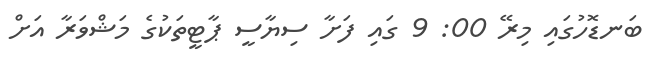
ބަނޑޮހުގައި މިރޭ 00: 9 ގައި ފަށާ ސިޔާސީ ޕާޓީތަކުގެ މަޝްވަރާ އަށް